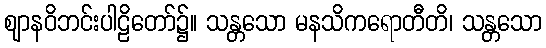
ဈာနဝိဘင်းပါဠိတော်၌။ သန္တသော မနသိကရောတီတိ၊ သန္တသော